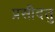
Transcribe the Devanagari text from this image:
प्रसीदतु